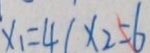
x _ { 1 } = 4 1 x _ { 2 } = 6